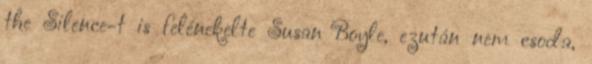
the Silence-t is felénekelte Susan Boyle, ezután nem csoda,